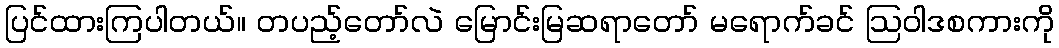
ပြင်ထားကြပါတယ်။ တပည့်တော်လဲ မြောင်းမြဆရာတော် မရောက်ခင် ဩဝါဒစကားကို